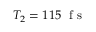
T _ { 2 } = 1 1 5 ~ \mathrm { ~ f ~ s ~ }